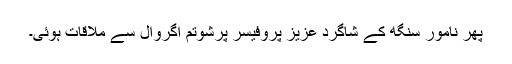
پھر نامور سنگھ کے شاگرد عزیز پروفیسر پرشوتم اگروال سے ملاقات ہوئی۔